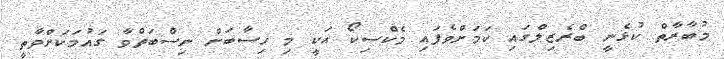
މުބާރާތް ކުޅެނީ ބްރެޒިލްގައި ކަމަށްވެފައި މެކްސިކޯ އަކީ މި ހިސާބަށް ނިސްބަތްވާ ގައުމަކަށްވާތީ